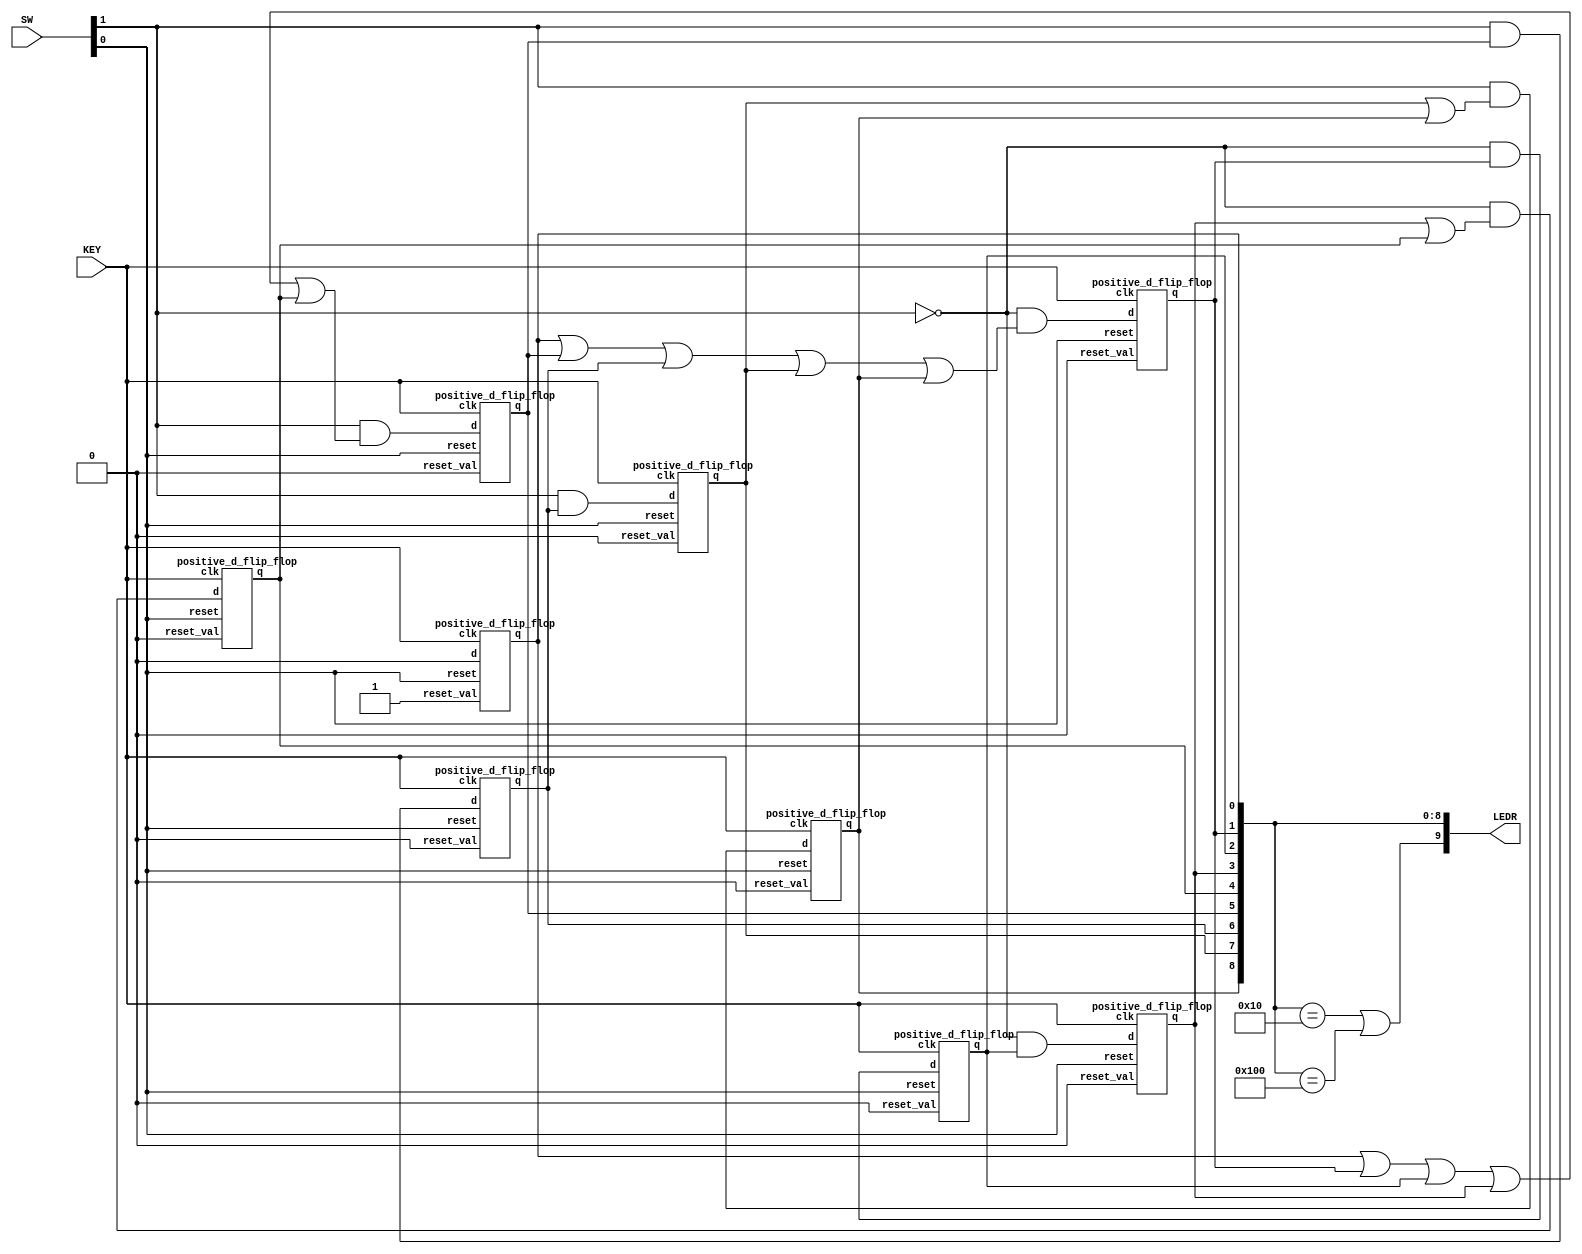
module part1(SW, KEY, LEDR);
	// Assigning inputs and outputs
	input [9:0] SW;
	input [0:0] KEY;
	output [9:0] LEDR;
	
	// Wires and registers
	wire w, z, reset, clk;
	wire [8:0] state, state_next;
	
	// Setting parameters
	parameter A = 9'b000000001;
	parameter B = 9'b000000010;
	parameter C = 9'b000000100;
	parameter D = 9'b000001000;
	parameter E = 9'b000010000;
	parameter F = 9'b000100000;
	parameter G = 9'b001000000;
	parameter H = 9'b010000000;
	parameter I = 9'b100000000;
	
	// Assignments
	assign reset = SW[0];
	assign w = SW[1];
	assign clk = KEY[0];
	assign LEDR[8:0] = state;
	assign LEDR[9] = z;
	assign z = (state == E) | (state == I);
	
	// Logic
	assign state_next[0] = 1'b0;
	assign state_next[1] = ~w & (state[0] | state[5] | state[6] | state[7] | state[8]);
	assign state_next[2] = ~w & state[1];
	assign state_next[3] = ~w & state[2];
	assign state_next[4] = ~w & (state[3] | state[4]);
	assign state_next[5] = w & (state[0] | state[1] | state[2] | state[3] | state[4]);
	assign state_next[6] = w & state[5];
	assign state_next[7] = w & state[6];
	assign state_next[8] = w & (state[7] | state[8]);
	
	// Instantiating flip-flops
	positive_d_flip_flop F0 (state_next[0], clk, reset, 1'b1, state[0]);
	positive_d_flip_flop F1 (state_next[1], clk, reset, 1'b0, state[1]);
	positive_d_flip_flop F2 (state_next[2], clk, reset, 1'b0, state[2]);
	positive_d_flip_flop F3 (state_next[3], clk, reset, 1'b0, state[3]);
	positive_d_flip_flop F4 (state_next[4], clk, reset, 1'b0, state[4]);
	positive_d_flip_flop F5 (state_next[5], clk, reset, 1'b0, state[5]);
	positive_d_flip_flop F6 (state_next[6], clk, reset, 1'b0, state[6]);
	positive_d_flip_flop F7 (state_next[7], clk, reset, 1'b0, state[7]);
	positive_d_flip_flop F8 (state_next[8], clk, reset, 1'b0, state[8]);
endmodule

module positive_d_flip_flop(d, clk, reset, reset_val, q);
	// Assigning inputs and outputs
	input d, clk, reset, reset_val;
	output reg q;
	
	// Logic
	always @(posedge clk or negedge reset)
		if (~reset)
			q <= reset_val;
		else
			q <= d;
endmodule